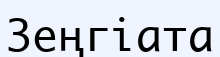
Зеңгіата